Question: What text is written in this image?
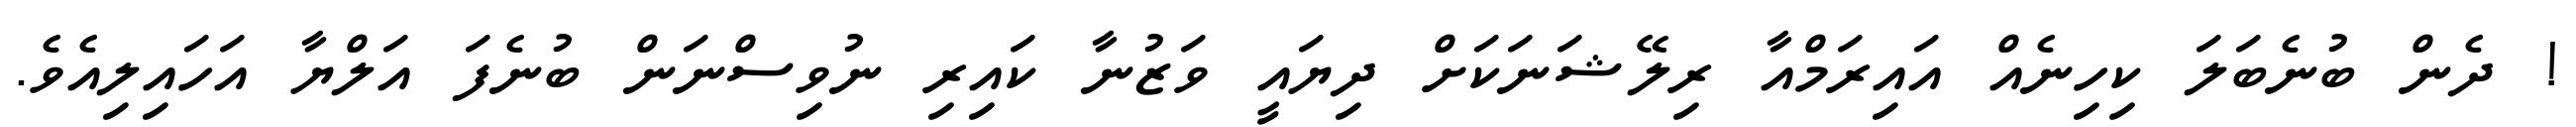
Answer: ! ދެން ބުނެބަލަ ކިހިނެއް އައިރަމްއާ ރިލޭޝަނަކަށް ދިޔައީ ވަޒުނާ ކައިރި ނުވިސްނަން ބުނެފަ އަލްޔާ އަހައިލިއެވެ.